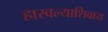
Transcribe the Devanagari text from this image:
हारवल्याशिवाय